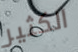
الكثير